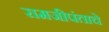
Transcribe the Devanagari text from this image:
रामजीपंताचे